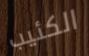
الكئيب